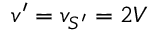
v ^ { \prime } = v _ { S ^ { \prime } } = 2 V